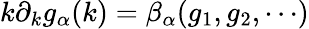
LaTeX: k\partial_{k}g_{\alpha}(k)=\beta_{\alpha}(g_{1},g_{2},\cdots)